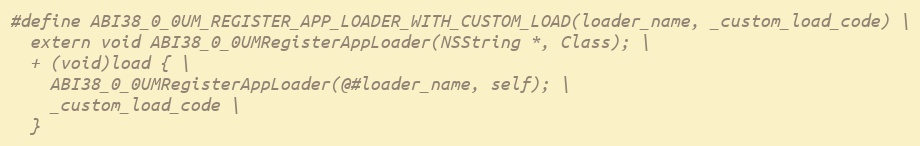
Language: C
#define ABI38_0_0UM_REGISTER_APP_LOADER_WITH_CUSTOM_LOAD(loader_name, _custom_load_code) \
  extern void ABI38_0_0UMRegisterAppLoader(NSString *, Class); \
  + (void)load { \
    ABI38_0_0UMRegisterAppLoader(@#loader_name, self); \
    _custom_load_code \
  }